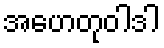
အဟေတုဝါဒါ